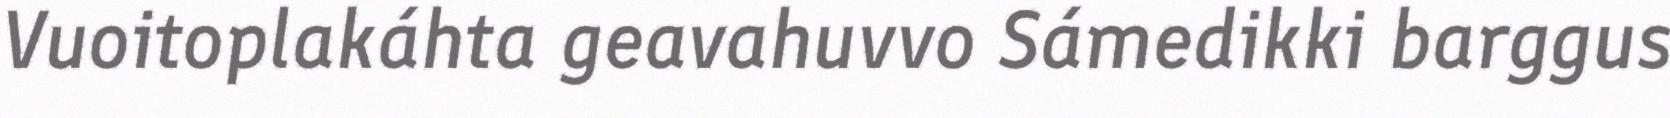
Vuoitoplakáhta geavahuvvo Sámedikki barggus